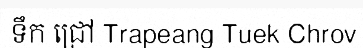
ទឹក ជ្រៅ Trapeang Tuek Chrov